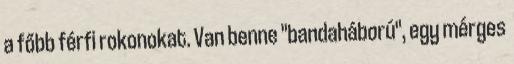
a főbb férfi rokonokat. Van benne "bandaháború", egy mérges